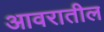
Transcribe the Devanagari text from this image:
आवरातील